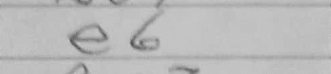
Transcription: e6